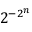
2 ^ { - 2 ^ { n } }